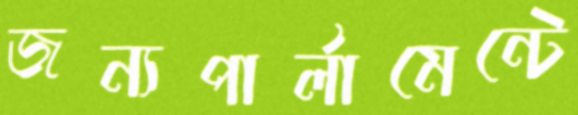
জন্যপার্লামেন্টে